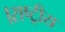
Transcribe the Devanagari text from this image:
।राष्ट्रीय